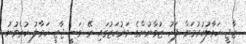
ޒާޖީ ހަވާލުކުރުމަށް ފަހު ޒުވާނުންގެ މަރުކަޒުގައި ރޭ ވަނީ ޖާޒީ ހަވާލު ކުރެވުނު